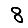
Digit: 8